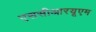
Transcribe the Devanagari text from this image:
एससीआरयूएम